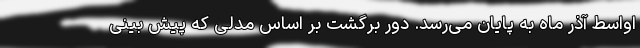
اواسط آذر ماه به پایان می‌رسد. دور برگشت بر اساس مدلی که پیش بینی